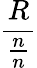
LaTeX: \frac{R}{\frac{n}{n}}